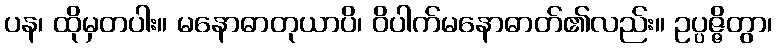
ပန၊ ထိုမှတပါး။ မနောဓာတုယာပိ၊ ဝိပါက်မနောဓာတ်၏လည်း။ ဥပ္ပဇ္ဇိတွာ၊